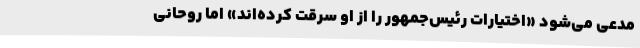
مدعی می‌شود «اختیارات رئیس‌جمهور را از او سرقت کرده‌اند» اما روحانی